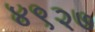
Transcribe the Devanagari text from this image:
४९२७